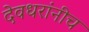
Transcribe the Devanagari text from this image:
देवधरांनीच